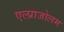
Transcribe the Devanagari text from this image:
एल्प्राजोलम